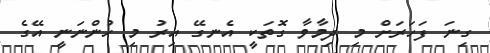
ގިނަ ފަހަރަށް މި ދިމާވާ ގޮތަކީ އެނގޭ އިރު މި ހުންނަނީ އޭގެ